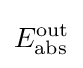
E_{\text{abs}}^{\text{out}}